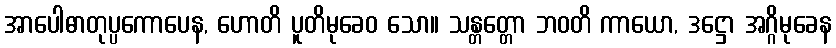
အာပေါဓာတုပ္ပကောပေန, ဟောတိ ပူတိမုခေဝ သော။ သန္တတ္တော ဘဝတိ ကာယော, ဒဋ္ဌော အဂ္ဂိမုခေန